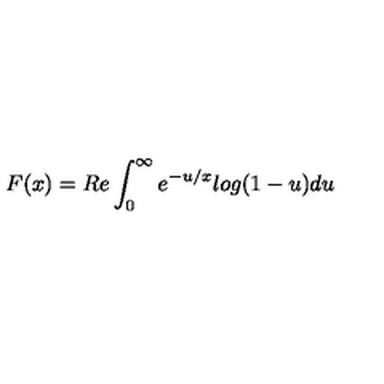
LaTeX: F ( x ) = R e \int _ { 0 } ^ { \infty } { e ^ { - u / x } l o g ( 1 - u ) d u }